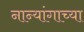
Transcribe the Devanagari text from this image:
नान्यांगाच्या